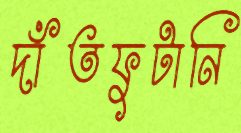
দাঁতফুটানি